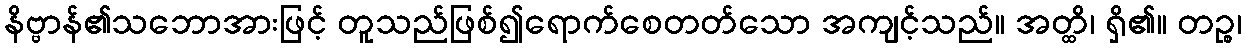
နိဗ္ဗာန်၏သဘောအားဖြင့် တူသည်ဖြစ်၍ရောက်စေတတ်သော အကျင့်သည်။ အတ္ထိ၊ ရှိ၏။ တဉ္စ၊